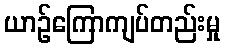
ယာဉ်ကြောကျပ်တည်းမှု